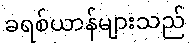
ခရစ်ယာန်များသည်